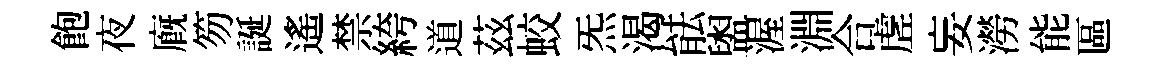
飽夜廐笏誕遙禁絝道茲蛟炁渴䏻盥渥淵合虗妄澇能區